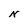
Character: N